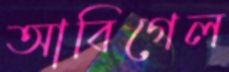
আবিগেল